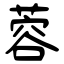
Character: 蓉